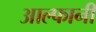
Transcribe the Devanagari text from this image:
आल्फानी